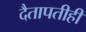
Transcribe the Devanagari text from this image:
दैतापतीही